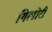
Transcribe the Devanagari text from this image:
गिलोरी